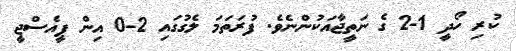
ކުރި ހޯދީ 1-2 ގެ ނަތީޖާއަކުންނެވެ. ފުރަތަމަ ލެގުގައި 2-0 އިން ޕީއެސްޖީ